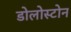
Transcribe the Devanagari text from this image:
डोलोस्टोन